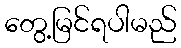
တွေ့မြင်ရပါမည်